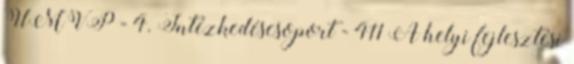
ÚMVP - 4. Intézkedéscsoport - 411 A helyi fejlesztési